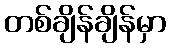
တစ်ချိန်ချိန်မှာ